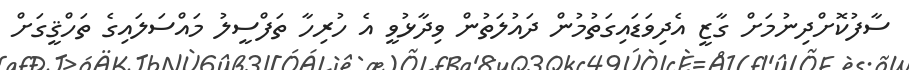
ސާފުކޮށްދިނުމަށް ގާޒީ އެދިވަޑައިގަތުމުން ދައުލަތުން ވިދާޅުވީ އެ ހުރިހާ ތަފްސީލު މައްސަލައިގެ ތަހްޤީގަށް